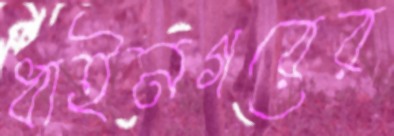
ধাইনগরের